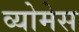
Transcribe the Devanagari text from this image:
व्योमेस